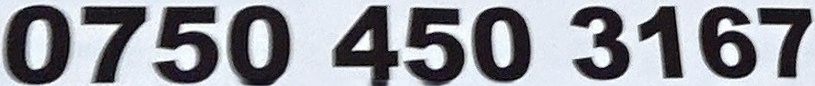
0750 450 3167